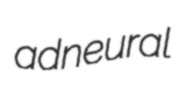
adneural